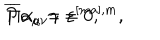
LaTeX: \overline { { { P } } } \alpha _ { \mu \nu } \gamma = 0 , \hspace { 0 . 5 i n } \Pi \alpha _ { a } = \varepsilon ^ { [ m a ] , m } ,